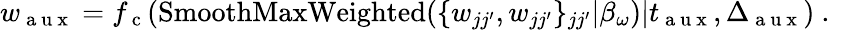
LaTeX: w_{\mathrm{~a~u~x~}}={f_{\mathrm{~c~}}}(\operatorname{SmoothMaxWeighted}(\{ w_{jj^{\prime}},w_{jj^{\prime}}\} _{jj^{\prime}}|\beta_{\omega})|t_{\mathrm{~a~u~x~}},\Delta_{\mathrm{~a~u~x~}})\mathrm{~.~}